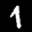
Label: 1